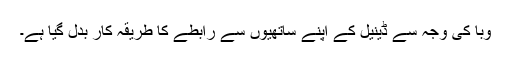
وبا کی وجہ سے ڈینیل کے اپنے ساتھیوں سے رابطے کا طریقہ کار بدل گیا ہے۔